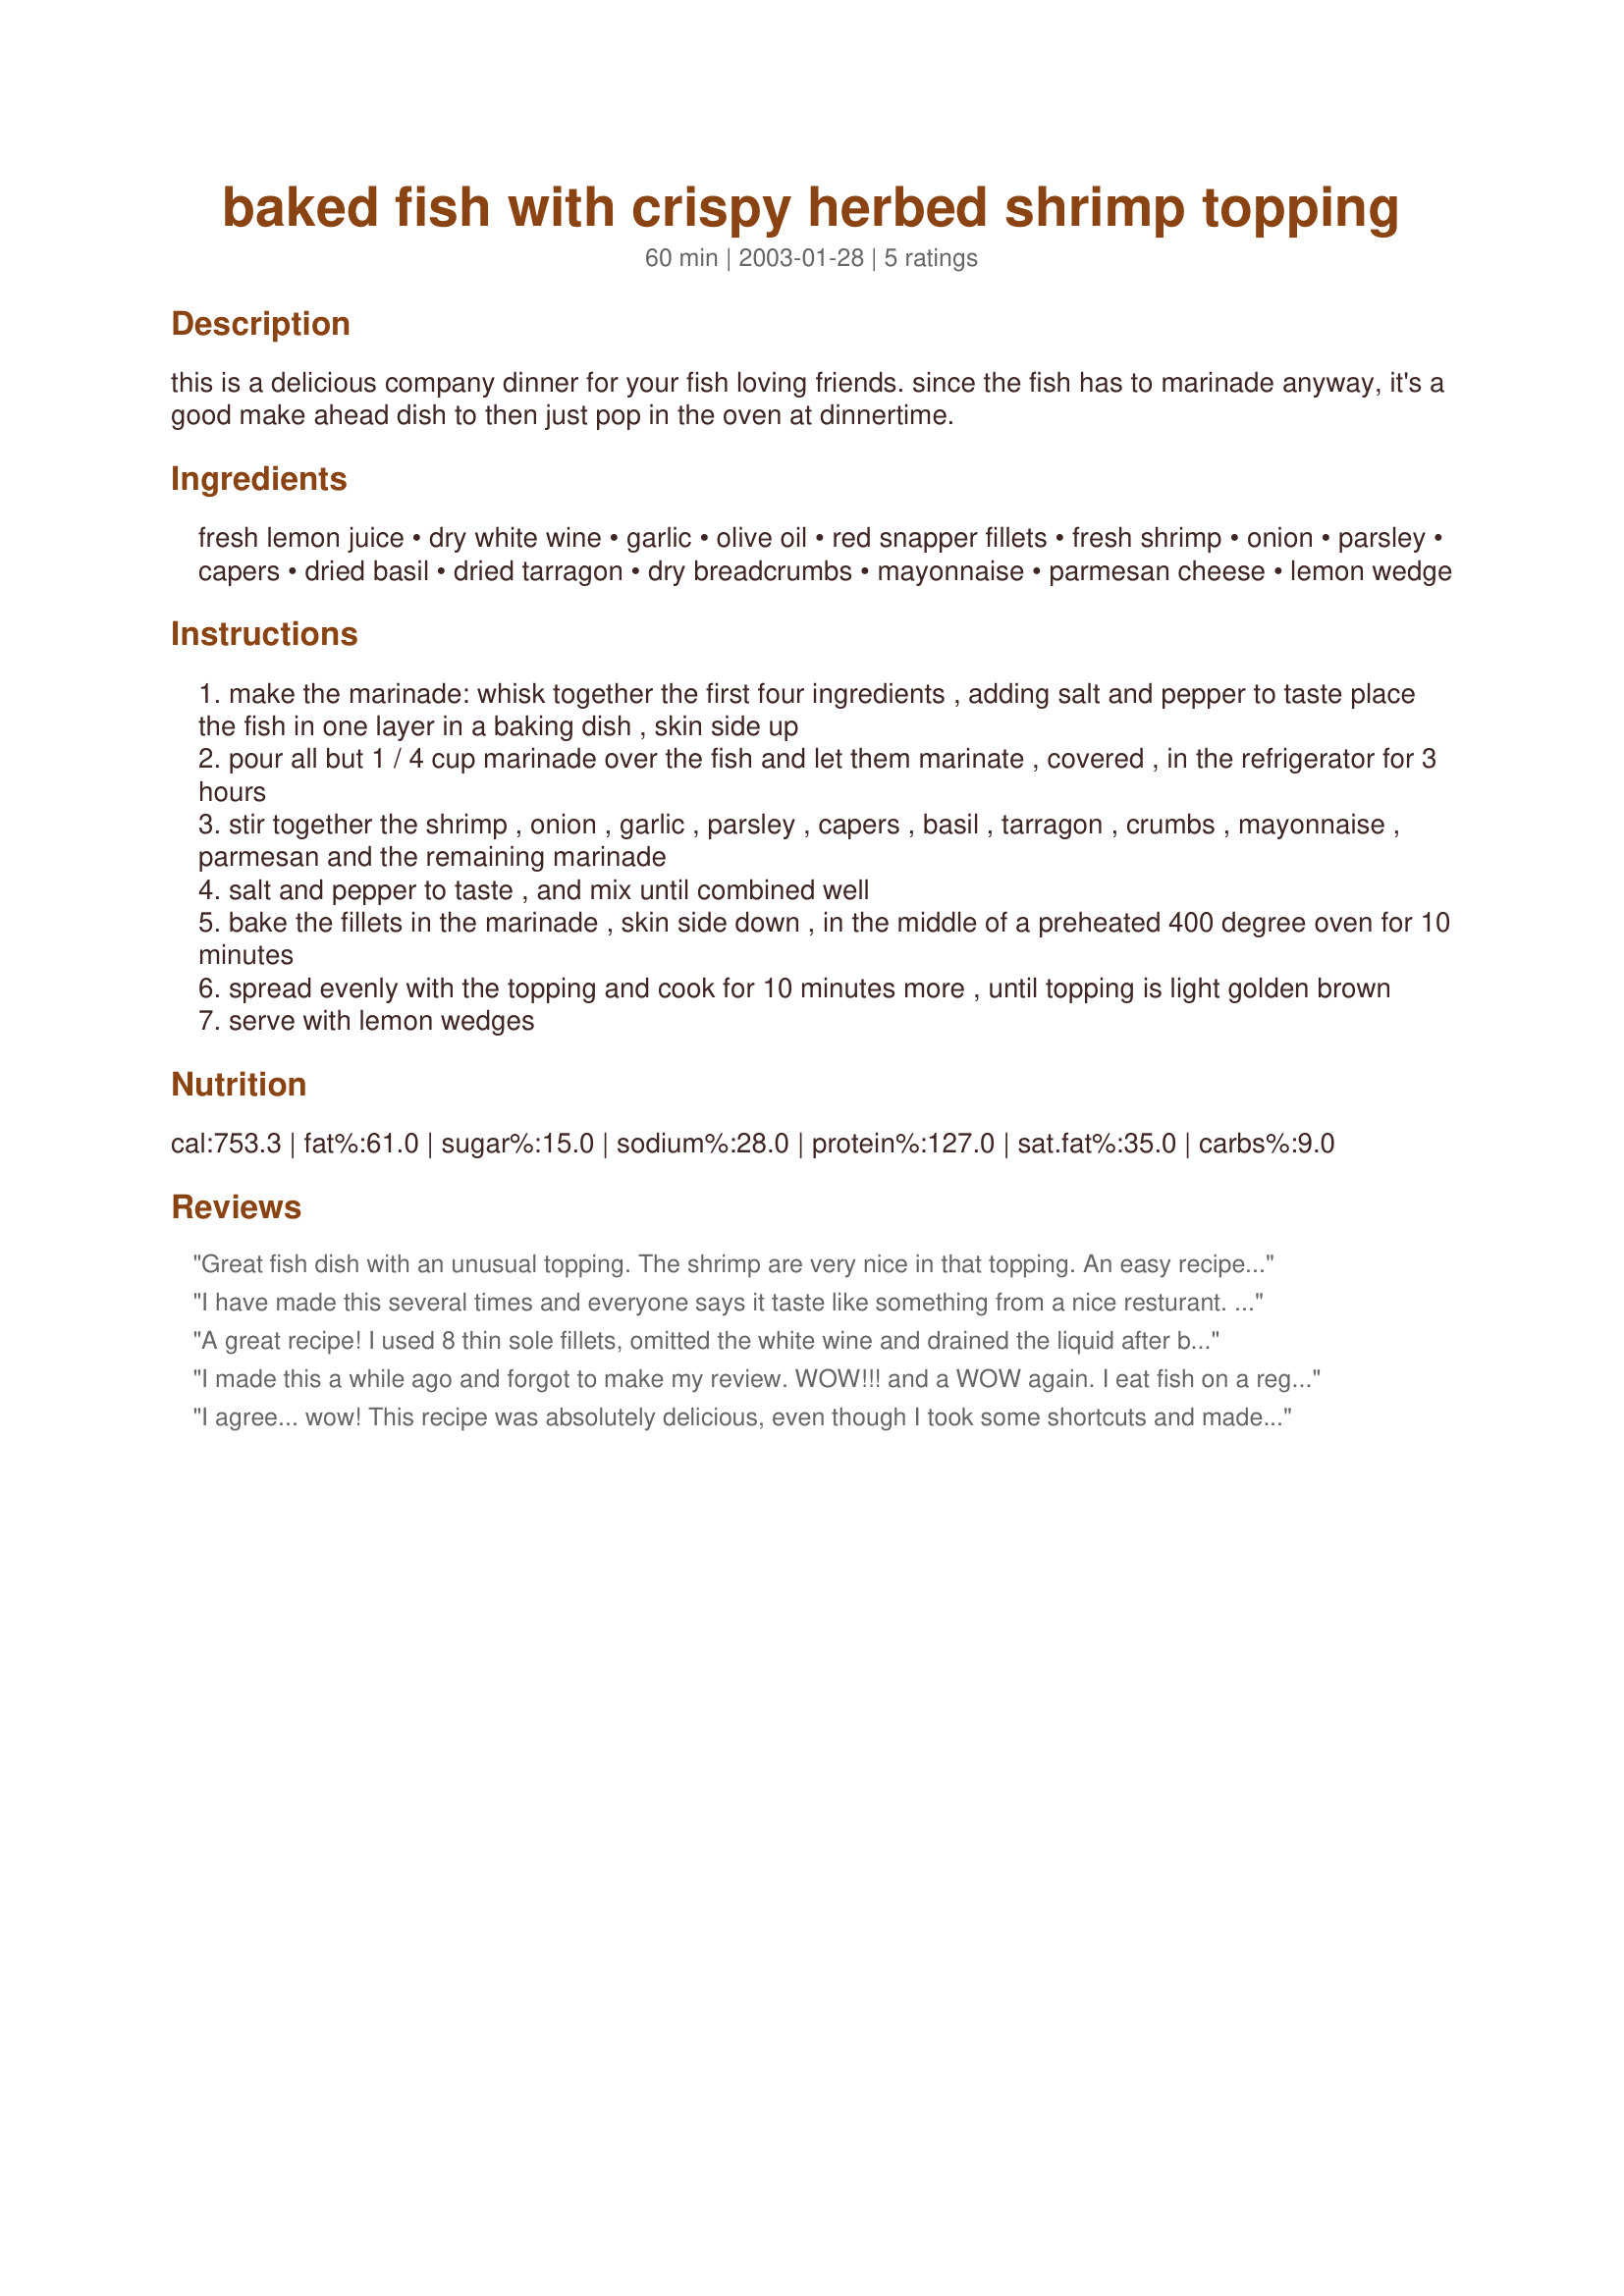
baked fish with crispy herbed shrimp topping
Preparation time: 60 minutes

this is a delicious company dinner for your fish loving friends. since the fish has to marinade anyway, it's a good make ahead dish to then just pop in the oven at dinnertime.

Ingredients:
fresh lemon juice, dry white wine, garlic, olive oil, red snapper fillets, fresh shrimp, onion, parsley, capers, dried basil, dried tarragon, dry breadcrumbs, mayonnaise, parmesan cheese, lemon wedge

Steps:
make the marinade: whisk together the first four ingredients , adding salt and pepper to taste place the fish in one layer in a baking dish , skin side up
pour all but 1 / 4 cup marinade over the fish and let them marinate , covered , in the refrigerator for 3 hours
stir together the shrimp , onion , garlic , parsley , capers , basil , tarragon , crumbs , mayonnaise , parmesan and the remaining marinade
salt and pepper to taste , and mix until combined well
bake the fillets in the marinade , skin side down , in the middle of a preheated 400 degree oven for 10 minutes
spread evenly with the topping and cook for 10 minutes more , until topping is light golden brown
serve with lemon wedges

Reviews:
Great fish dish with an unusual topping. The shrimp are very nice in that topping. An easy recipe and very nice for a dinner party.
I have made this several times and everyone says it taste like something from a nice resturant. Most want the recipe, but some just ask me to make it again and be sure to invite them. Thanks Geema.
A great recipe! I used 8 thin sole fillets, omitted the white wine and drained the liquid after baking the fillets.
I made this a while ago and forgot to make my review. WOW!!! and a WOW again. I eat fish on a regular basis and this recipe was so good. My husband brought leftovers to work the next day and had people following him back from the microwave. I used Basa filets and marinaded for 8 hours. I left out the tarragon and capers and instead added 1/8 cup of soy sauce to both the marinade and the topping. I also didn't add the bread crumbs until I was just about to put the topping on the fish and I loved it. The aroma alone will fill your kitchen.
I agree... wow! This recipe was absolutely delicious, even though I took some shortcuts and made some substitutions. Green onion was a good substitute for the freshness of parsley, which I didn't have on hand. I also omitted the tarragon, which I didn't have, either. The shrimp I used were rather low quality shrimp that I wanted to get rid of, but you in this recipe you couldn't tell! Thank SO much for a simple, EASY, delicious recipe that my hubby and I just loved.
